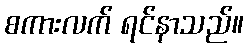
စကားလက် ရင်နာသည်။